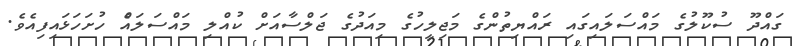
ގައްދޫ ސުކޫލުގެ މައްސަލައިގައި ރައްޔިތުންގެ މަޖިލީހުގެ މިއަދުގެ ޖަލްސާއަށް ކުއްލި މައްސަލައެް ހުށަހަޅައިފިއެވެ.